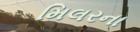
મિલરના